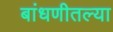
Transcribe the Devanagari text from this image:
बांधणीतल्या